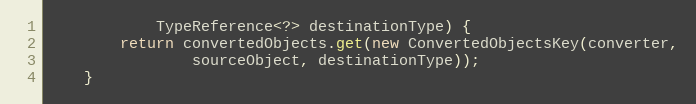
Language: Java
			TypeReference<?> destinationType) {
		return convertedObjects.get(new ConvertedObjectsKey(converter,
				sourceObject, destinationType));
	}